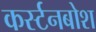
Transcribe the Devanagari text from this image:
कर्स्‍टनबोश